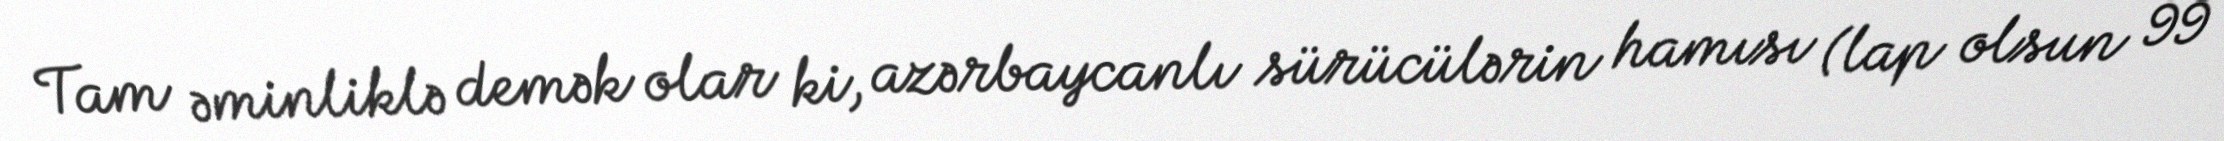
Tam əminliklə demək olar ki, azərbaycanlı sürücülərin hamısı (lap olsun 99